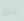
ذلك